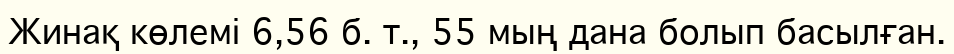
Жинақ көлемі 6,56 б. т., 55 мың дана болып басылған.